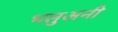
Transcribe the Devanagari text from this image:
भलुअनी